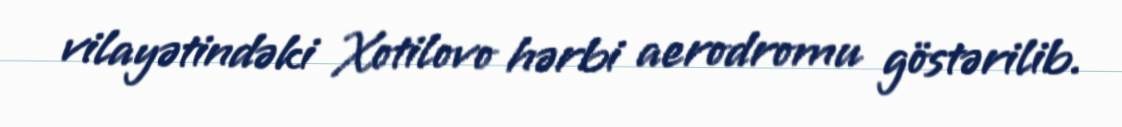
vilayətindəki Xotilovo hərbi aerodromu göstərilib.